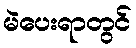
မဲပေးရာတွင်